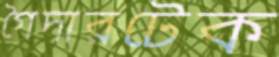
গৈদারটেক